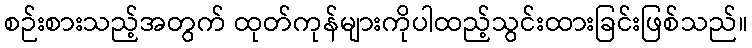
စဉ်းစားသည့်အတွက် ထုတ်ကုန်များကိုပါထည့်သွင်းထားခြင်းဖြစ်သည်။